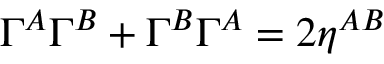
\Gamma ^ { A } \Gamma ^ { B } + \Gamma ^ { B } \Gamma ^ { A } = 2 \eta ^ { A B }